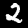
Label: 2